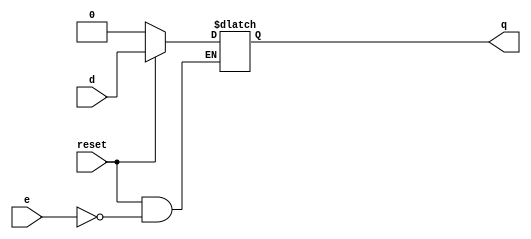
module dlatch1 (  input d,            
                  input e,         
                  input reset,        
                  output reg q);     
 
 always @ (e or reset or d)  
      if (!reset)  
         q <= 0;  
      else  
         if (e)  
            q <= d;  
endmodule